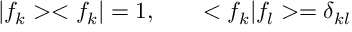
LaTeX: | f _ { k } > < f _ { k } | = 1 , ~ ~ ~ ~ ~ < f _ { k } | f _ { l } > = \delta _ { k l }